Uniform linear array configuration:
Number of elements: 16
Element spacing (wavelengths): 0.75
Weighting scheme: exponential
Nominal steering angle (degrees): -30
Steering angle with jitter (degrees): -28.083
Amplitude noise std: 0.05
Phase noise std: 0.05

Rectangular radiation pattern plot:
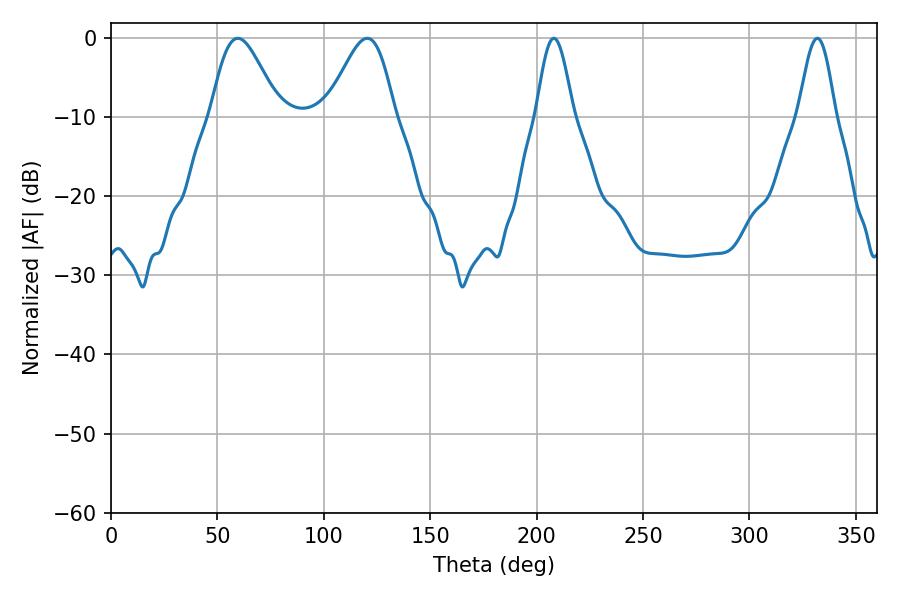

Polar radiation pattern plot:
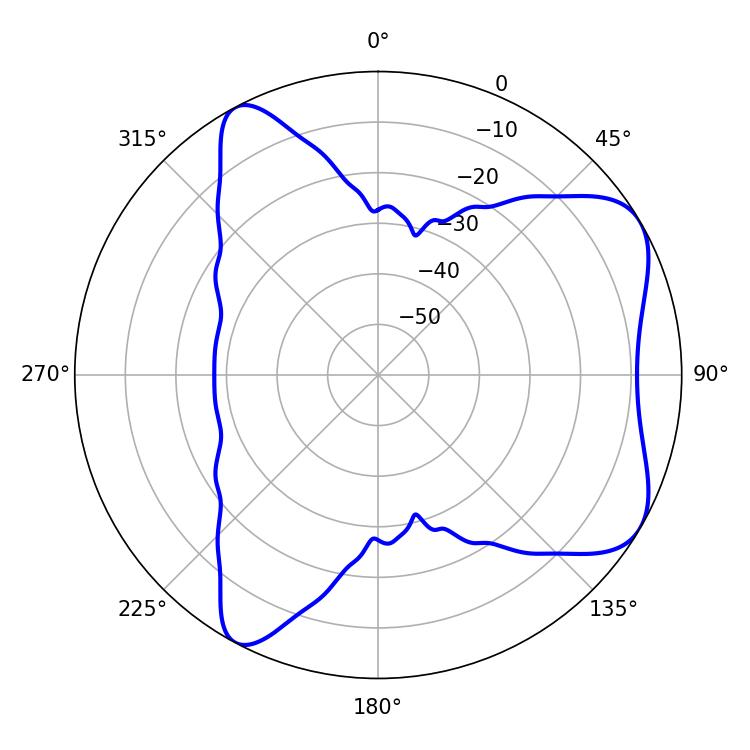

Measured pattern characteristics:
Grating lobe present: TRUE
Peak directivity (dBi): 6.548
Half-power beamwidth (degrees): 9.18
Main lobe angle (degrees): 208.08